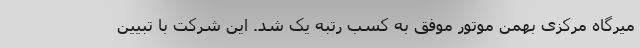
میرگاه مرکزی بهمن موتور موفق به کسب رتبه یک شد. این شرکت با تبیین